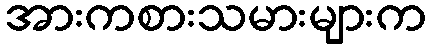
အားကစားသမားများက